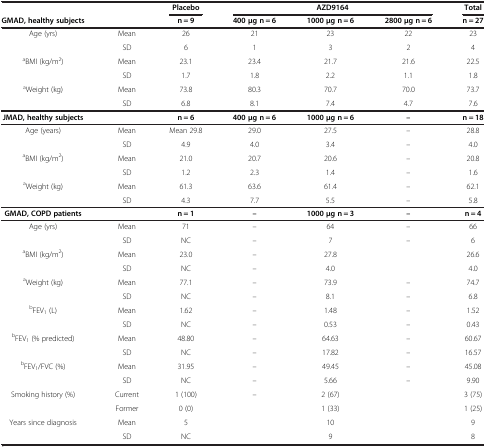
<table><thead><tr><td><b> </b></td><td><b> </b></td><td><b>Placebo</b></td><td colspan="3"><b>AZD9164</b></td><td><b>Total</b></td></tr><tr><td><b>GMAD, healthy subjects</b></td><td><b> </b></td><td><b>n = 9</b></td><td><b>400 μg n = 6</b></td><td><b>1000 μg n = 6</b></td><td><b>2800 μg n = 6</b></td><td><b>n = 27</b></td></tr></thead><tbody><tr><td rowspan="2">Age (yrs)</td><td>Mean</td><td>26</td><td>21</td><td>23</td><td>22</td><td>23</td></tr><tr><td>SD</td><td>6</td><td>1</td><td>3</td><td>2</td><td>4</td></tr><tr><td rowspan="2"><sup>a</sup>BMI (kg/m<sup>2</sup>)</td><td>Mean</td><td>23.1</td><td>23.4</td><td>21.7</td><td>21.6</td><td>22.5</td></tr><tr><td>SD</td><td>1.7</td><td>1.8</td><td>2.2</td><td>1.1</td><td>1.8</td></tr><tr><td><sup>a</sup>Weight (kg)</td><td>Mean</td><td>73.8</td><td>80.3</td><td>70.7</td><td>70.0</td><td>73.7</td></tr><tr><td> </td><td>SD</td><td>6.8</td><td>8.1</td><td>7.4</td><td>4.7</td><td>7.6</td></tr><tr><td><b>JMAD, healthy subjects</b></td><td> </td><td><b>n = 6</b></td><td><b>400 μg n = 6</b></td><td><b>1000 μg n = 6</b></td><td><b>–</b></td><td><b>n = 18</b></td></tr><tr><td rowspan="2">Age (years)</td><td>Mean</td><td>Mean 29.8</td><td>29.0</td><td>27.5</td><td>–</td><td>28.8</td></tr><tr><td>SD</td><td>4.9</td><td>4.0</td><td>3.4</td><td>–</td><td>4.0</td></tr><tr><td><sup>a</sup>BMI (kg/m<sup>2</sup>)</td><td>Mean</td><td>21.0</td><td>20.7</td><td>20.6</td><td>–</td><td>20.8</td></tr><tr><td> </td><td>SD</td><td>1.2</td><td>2.3</td><td>1.4</td><td>–</td><td>1.6</td></tr><tr><td><sup>a</sup>Weight (kg)</td><td>Mean</td><td>61.3</td><td>63.6</td><td>61.4</td><td>–</td><td>62.1</td></tr><tr><td> </td><td>SD</td><td>4.3</td><td>7.7</td><td>5.5</td><td>–</td><td>5.8</td></tr><tr><td><b>GMAD, COPD patients</b></td><td> </td><td><b>n = 1</b></td><td><b>–</b></td><td><b>1000 μg n = 3</b></td><td><b>–</b></td><td><b>n = 4</b></td></tr><tr><td>Age (yrs)</td><td>Mean</td><td>71</td><td>–</td><td>64</td><td>–</td><td>66</td></tr><tr><td> </td><td>SD</td><td>NC</td><td>–</td><td>7</td><td>–</td><td>6</td></tr><tr><td><sup>a</sup>BMI (kg/m<sup>2</sup>)</td><td>Mean</td><td>23.0</td><td>–</td><td>27.8</td><td> </td><td>26.6</td></tr><tr><td> </td><td>SD</td><td>NC</td><td>–</td><td>4.0</td><td> </td><td>4.0</td></tr><tr><td><sup>a</sup>Weight (kg)</td><td>Mean</td><td>77.1</td><td>–</td><td>73.9</td><td>–</td><td>74.7</td></tr><tr><td> </td><td>SD</td><td>NC</td><td>–</td><td>8.1</td><td>–</td><td>6.8</td></tr><tr><td><sup>b</sup>FEV<sub>1</sub> (L)</td><td>Mean</td><td>1.62</td><td>–</td><td>1.48</td><td>–</td><td>1.52</td></tr><tr><td> </td><td>SD</td><td>NC</td><td>–</td><td>0.53</td><td>–</td><td>0.43</td></tr><tr><td><sup>b</sup>FEV<sub>1</sub> (% predicted)</td><td>Mean</td><td>48.80</td><td>–</td><td>64.63</td><td>–</td><td>60.67</td></tr><tr><td> </td><td>SD</td><td>NC</td><td>–</td><td>17.82</td><td>–</td><td>16.57</td></tr><tr><td><sup>b</sup>FEV<sub>1</sub>/FVC (%)</td><td>Mean</td><td>31.95</td><td>–</td><td>49.45</td><td>–</td><td>45.08</td></tr><tr><td> </td><td>SD</td><td>NC</td><td>–</td><td>5.66</td><td>–</td><td>9.90</td></tr><tr><td>Smoking history (%)</td><td>Current</td><td>1 (100)</td><td>–</td><td>2 (67)</td><td> </td><td>3 (75)</td></tr><tr><td> </td><td>Former</td><td>0 (0)</td><td> </td><td>1 (33)</td><td> </td><td>1 (25)</td></tr><tr><td>Years since diagnosis</td><td>Mean</td><td>5</td><td> </td><td>10</td><td> </td><td>9</td></tr><tr><td> </td><td>SD</td><td>NC</td><td> </td><td>9</td><td> </td><td>8</td></tr></tbody></table>